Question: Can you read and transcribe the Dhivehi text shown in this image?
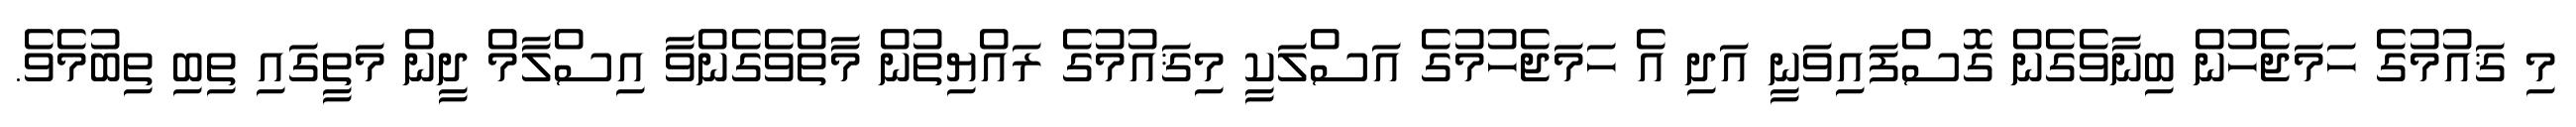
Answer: މި ޤައުމުގެ ހަމަޖެހުން ބިނާވެގެން ގޮސްފައިވަނީ އަދި އެ ހަމަޖެހުމުގެ އަސްލަކީ މިޤައުމުގެ ރައްޔިތުން މާތްވެގެންވާ އިސްލާމް ދީން މަތީގައި ތިބި ތިބުމެވެ.